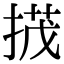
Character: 𢰝